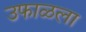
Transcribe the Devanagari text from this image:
उफाळला